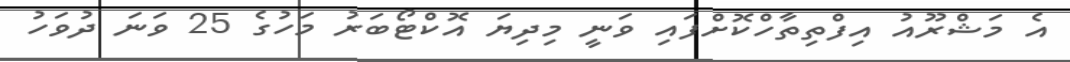
އެ މަޝްރޫއު އިފްތިތާހްކޮށްފައި ވަނީ މިދިޔަ އޮކްޓޯބަރު މަހުގެ 25 ވަނަ ދުވަހު